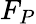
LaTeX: F_{P}